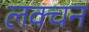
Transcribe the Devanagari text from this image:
लक्चन